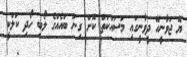
ޔޭ ޖަވާނީހޭ ދީވާނީގައި މަސައްކަތް ކޮށް ގިނަ ބައެއްގެ ލޯބި ހޯދި ކަލްކީ